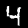
Label: 4